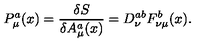
P _ { \mu } ^ { a } ( x ) = \frac { \delta { S } } { \delta { A _ { \mu } ^ { a } ( x ) } } = D _ { \nu } ^ { a b } F _ { \nu \mu } ^ { b } ( x ) .